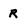
Character: r